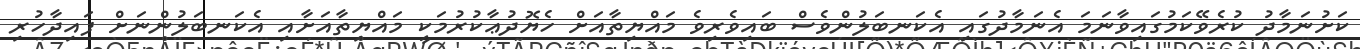
ކަށުނަމާދު ކުރެވޭކަމުގައިވާނަމަ އެނަމާދުގައި އެކަނބަލުންވެސް ބައިވެރިވެ މައްޔިތާއަށް ހެޔޮދުޢާކުރުމަކީ މައްޔިތާއަށާއި އެކަނބަލުންނަށް ފައިދާހުރި